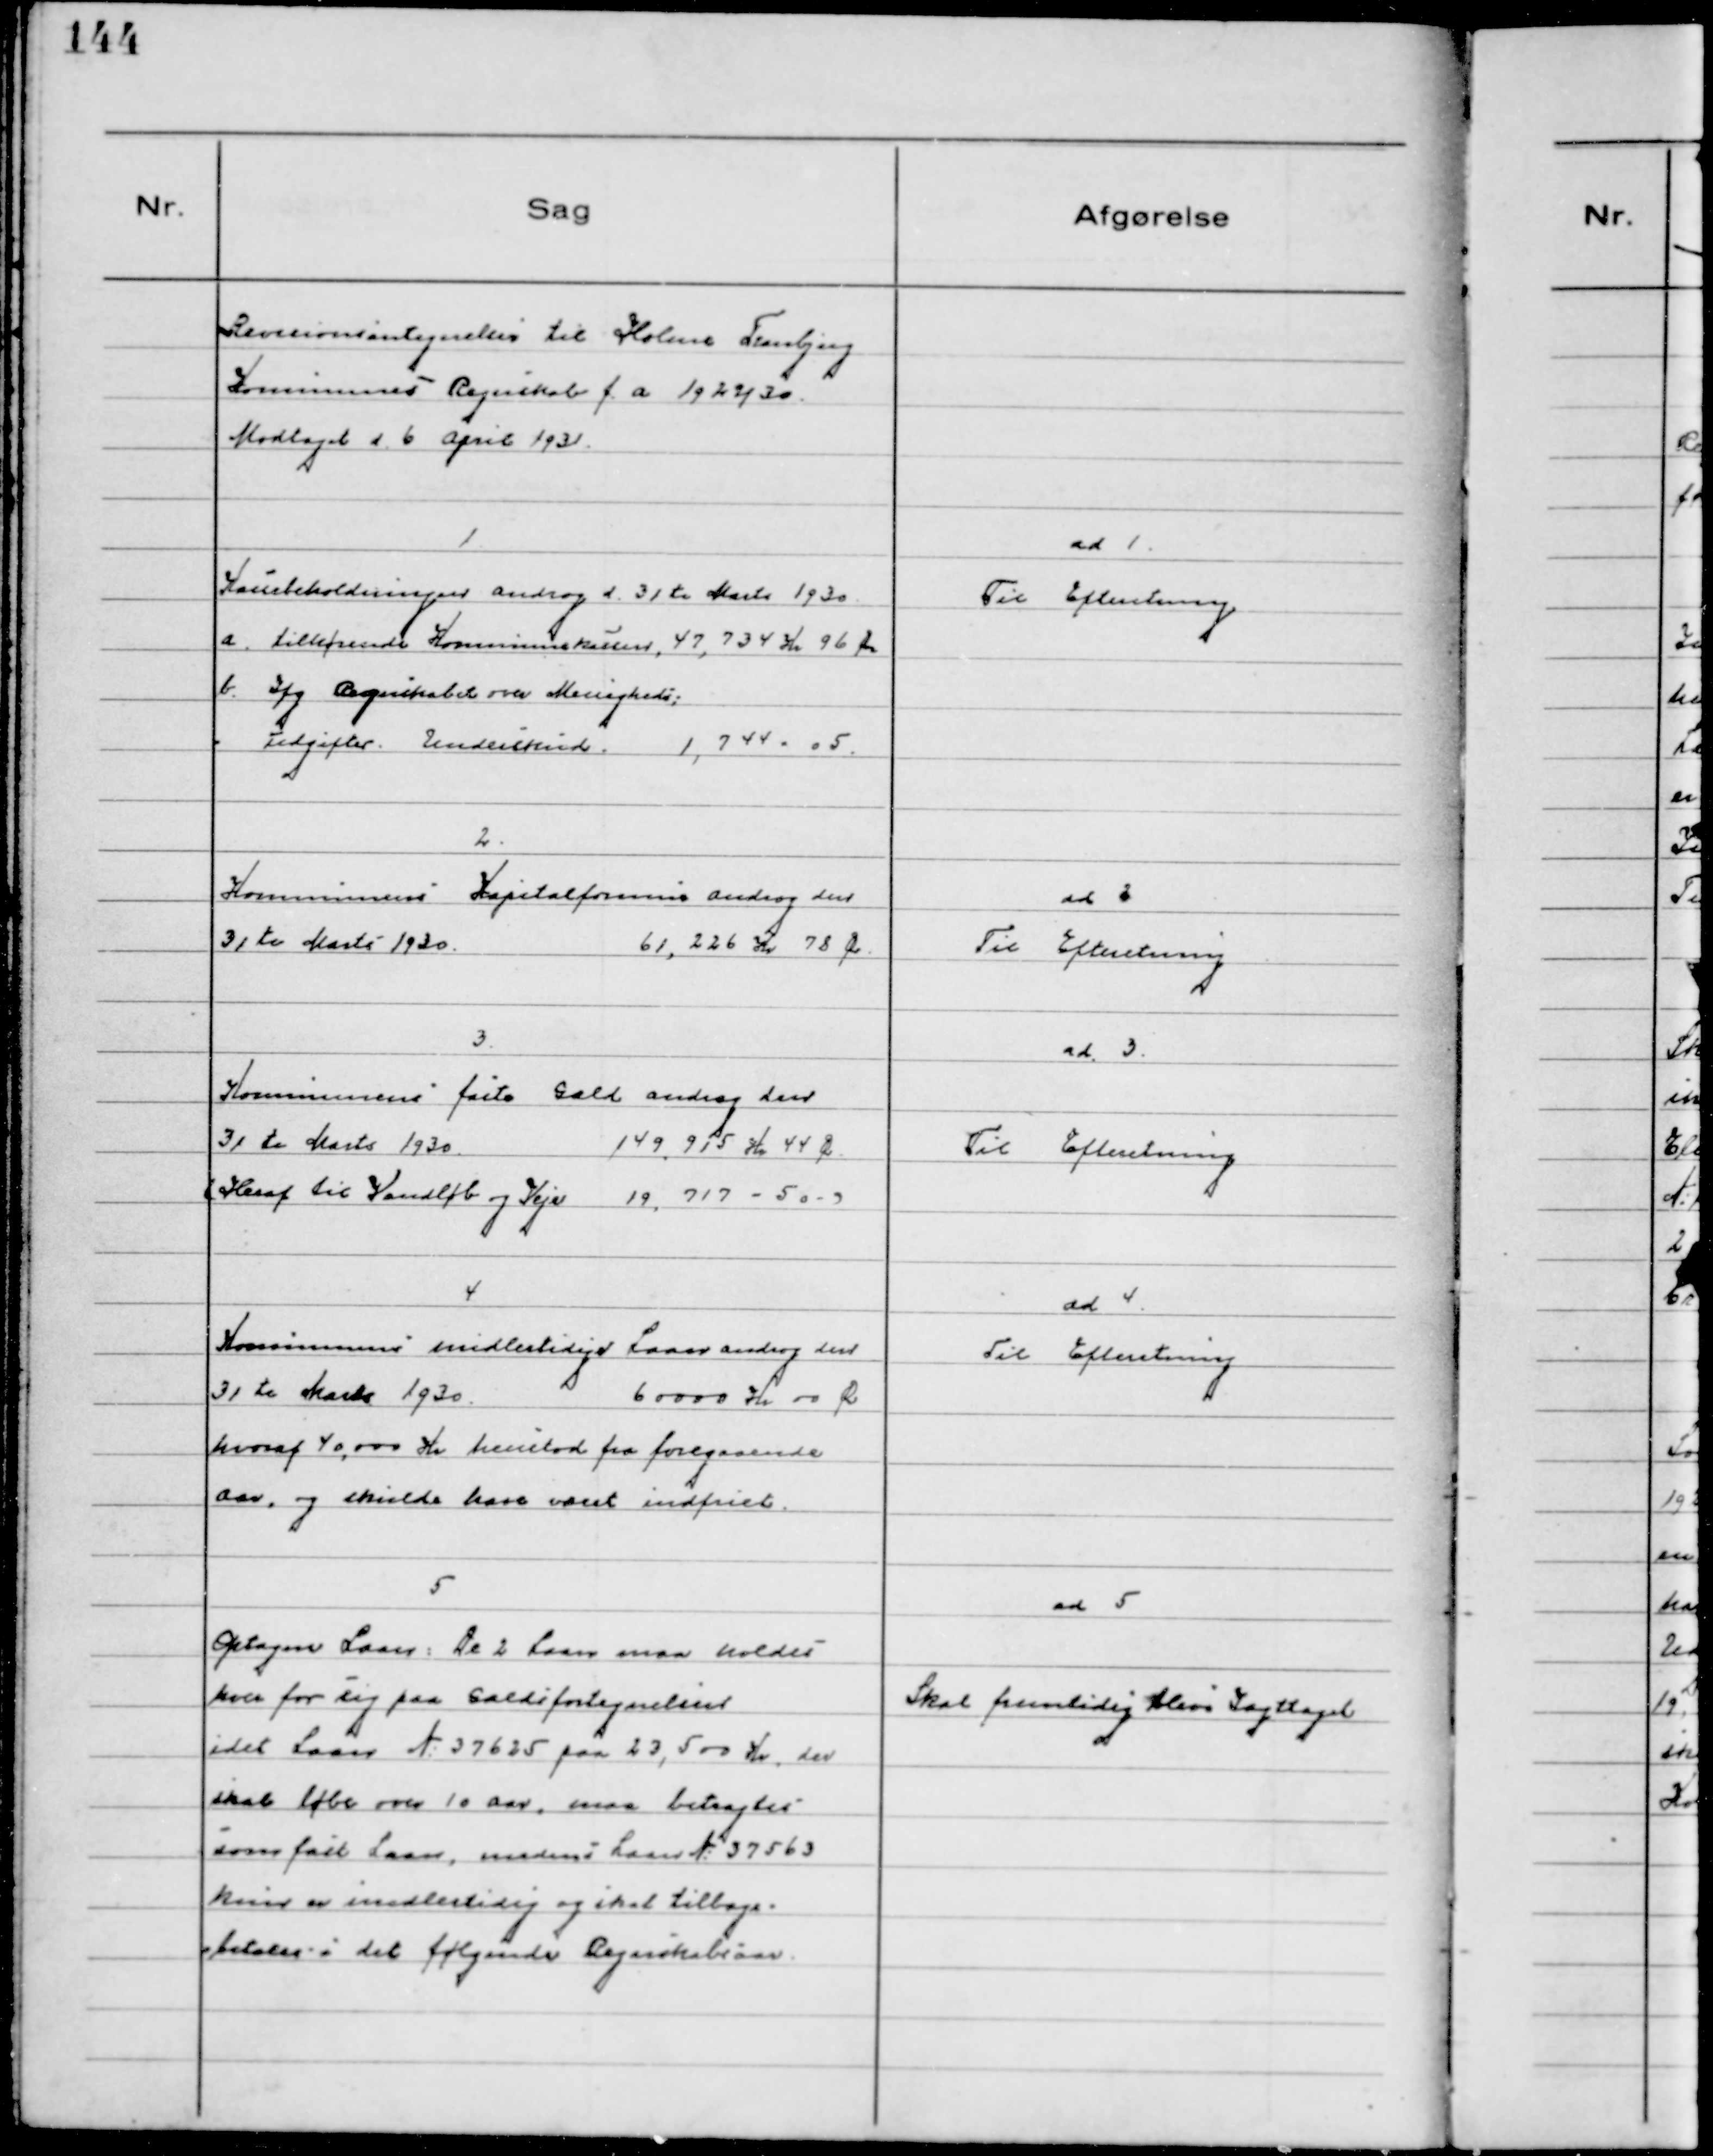
Transskription:
Revisionsantegnelsen til Holme Tranbjerg
Kommunes Regnskab f.a. 1929/30
Modtaget d. 6 April 1931.

1
Kassebeholdningen androg d 31te Marts 1930
a. tilhørende Kommunekassen, 47,734 Kr. 96 Øre
b. Ifg Regnskabet over Menigheds-
udgifter. Underskud. 1,744 - 05.

ad 1.
Til Efteretning

2.
Kommunens Kapitalformue androg den
31te Marts 1930. 61,226 Kr 78 Ør

ad 2
Til Efteretning

3.
Kommunens faste Gæld androg den
31 te Marts 1930. 149.915 Kr 44 Ør.
(Heraf til Vandløb og Veje 19,717 - 50 - )

ad 3.
Til Efteretning

4
Kommunens midlertidige Laan androg den
31 te Marts 1930. 60000 Kr 00 Ør
hvoraf 40,000 Kr henstod fra foregaaende
Aar, og skulde have været indfriet.

ad 4.
Til Efteretning

5
Optagne Laan. De 2 Laan maa holdes
hver for sig paa Gældsfortegnelsen
idet Laan № 37625 paa 23,500 Kr. der
skal løbe over 10 Aar, maa betragtes
som fast Laan, medens Laan № 37563
kun er midlertidig og skal tilbage-
betales i det følgende Regnskabsaar.

ad 5
Skal fremtidig blive Iagttaget